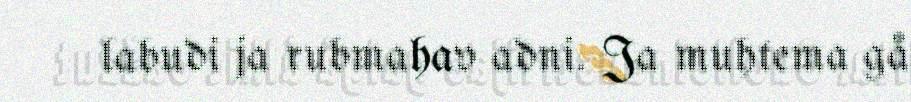
labudi ja rubmahav adni. Ja muhtema gå